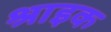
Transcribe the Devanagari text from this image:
श्राइक